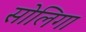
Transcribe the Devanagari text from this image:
सोलिगा